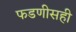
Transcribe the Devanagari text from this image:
फडणीसही